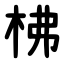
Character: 柫